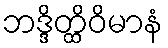
ဘဒ္ဒိတ္ထိဝိမာနံ